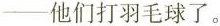
——他们打羽毛球了。